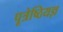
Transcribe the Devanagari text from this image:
पूत्रेष्ठियज्ञ